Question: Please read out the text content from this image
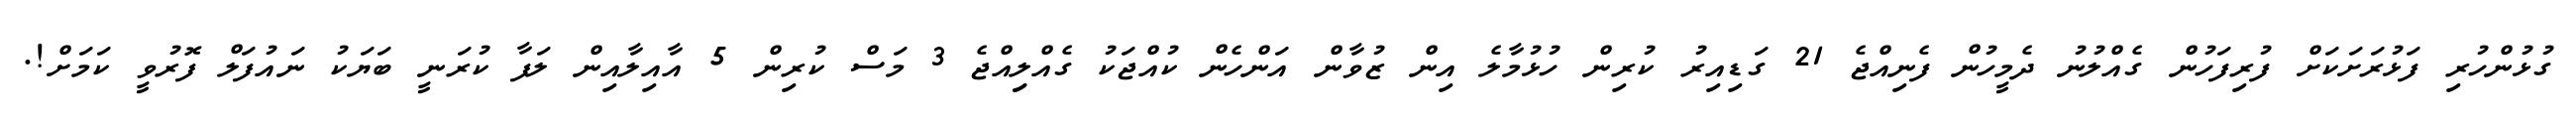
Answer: ގުޅުންހުރި ފަޅުރަށަކަށް ފުރިފަހުން ގެއްލުނު ދެމީހުން ފެނިއްޖެ 21 ގަޑިއިރު ކުރިން ހުޅުމާލެ އިން ޒުވާން އަންހެން ކުއްޖަކު ގެއްލިިއްޖެ 3 މަސް ކުރިން 5 އާއިލާއިން ލަފާ ކުރަނީ ބަޔަކު ނައުފަލް ފޮރުވީ ކަމަށް!.